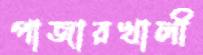
পাজারখালী